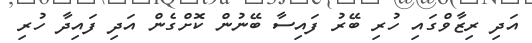
އަދި ރިޒާވްގައި ހުރި ބޭރު ފައިސާ ބޭނުން ކޮށްގެން އަދި ފައިދާ ހުރި